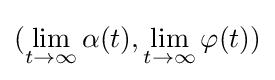
(\lim _{t\rightarrow \infty }\alpha (t),\lim _{t\rightarrow \infty }\varphi (t))